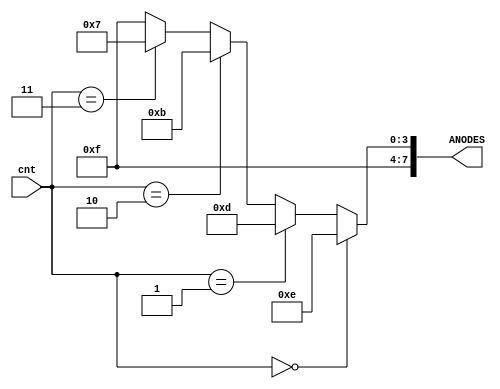
`timescale 1ns / 1ps

module anode_cntrl(cnt, ANODES);

    input   [1:0] cnt;
    output  [7:0] ANODES; 

    assign ANODES = (cnt == 2'b00) ? 8'b11111110:
                    (cnt == 2'b01) ? 8'b11111101:
                    (cnt == 2'b10) ? 8'b11111011:
                    (cnt == 2'b11) ? 8'b11110111:
                    8'b11111111;
endmodule